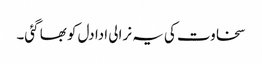
سخاوت کی یہ نرالی ادا دل کو بھا گئی۔